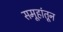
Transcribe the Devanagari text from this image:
समूहांतून